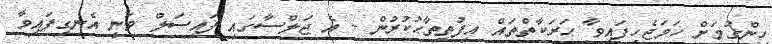
ހިންގުމަށް ހަމަޖެހިފައިވާ ޙަރަކާތްތައް އިފުތިތާޙުކުރުން - އެ ޖަލްސާގައި ފައިސަލް ވަނީ އެނގިފައިވާ